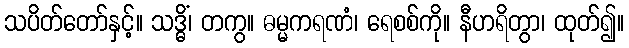
သပိတ်တော်နှင့်။ သဒ္ဓိံ၊ တကွ။ ဓမ္မကရဏံ၊ ရေစစ်ကို။ နီဟရိတွာ၊ ထုတ်၍။